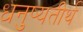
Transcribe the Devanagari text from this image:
धनुष्यतीर्थ